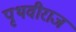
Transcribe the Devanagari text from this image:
पृथवीराज